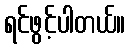
ရင်ဖွင့်ပါတယ်။